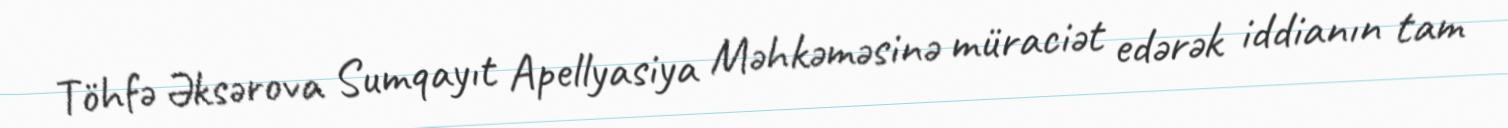
Töhfə Əksərova Sumqayıt Apellyasiya Məhkəməsinə müraciət edərək iddianın tam